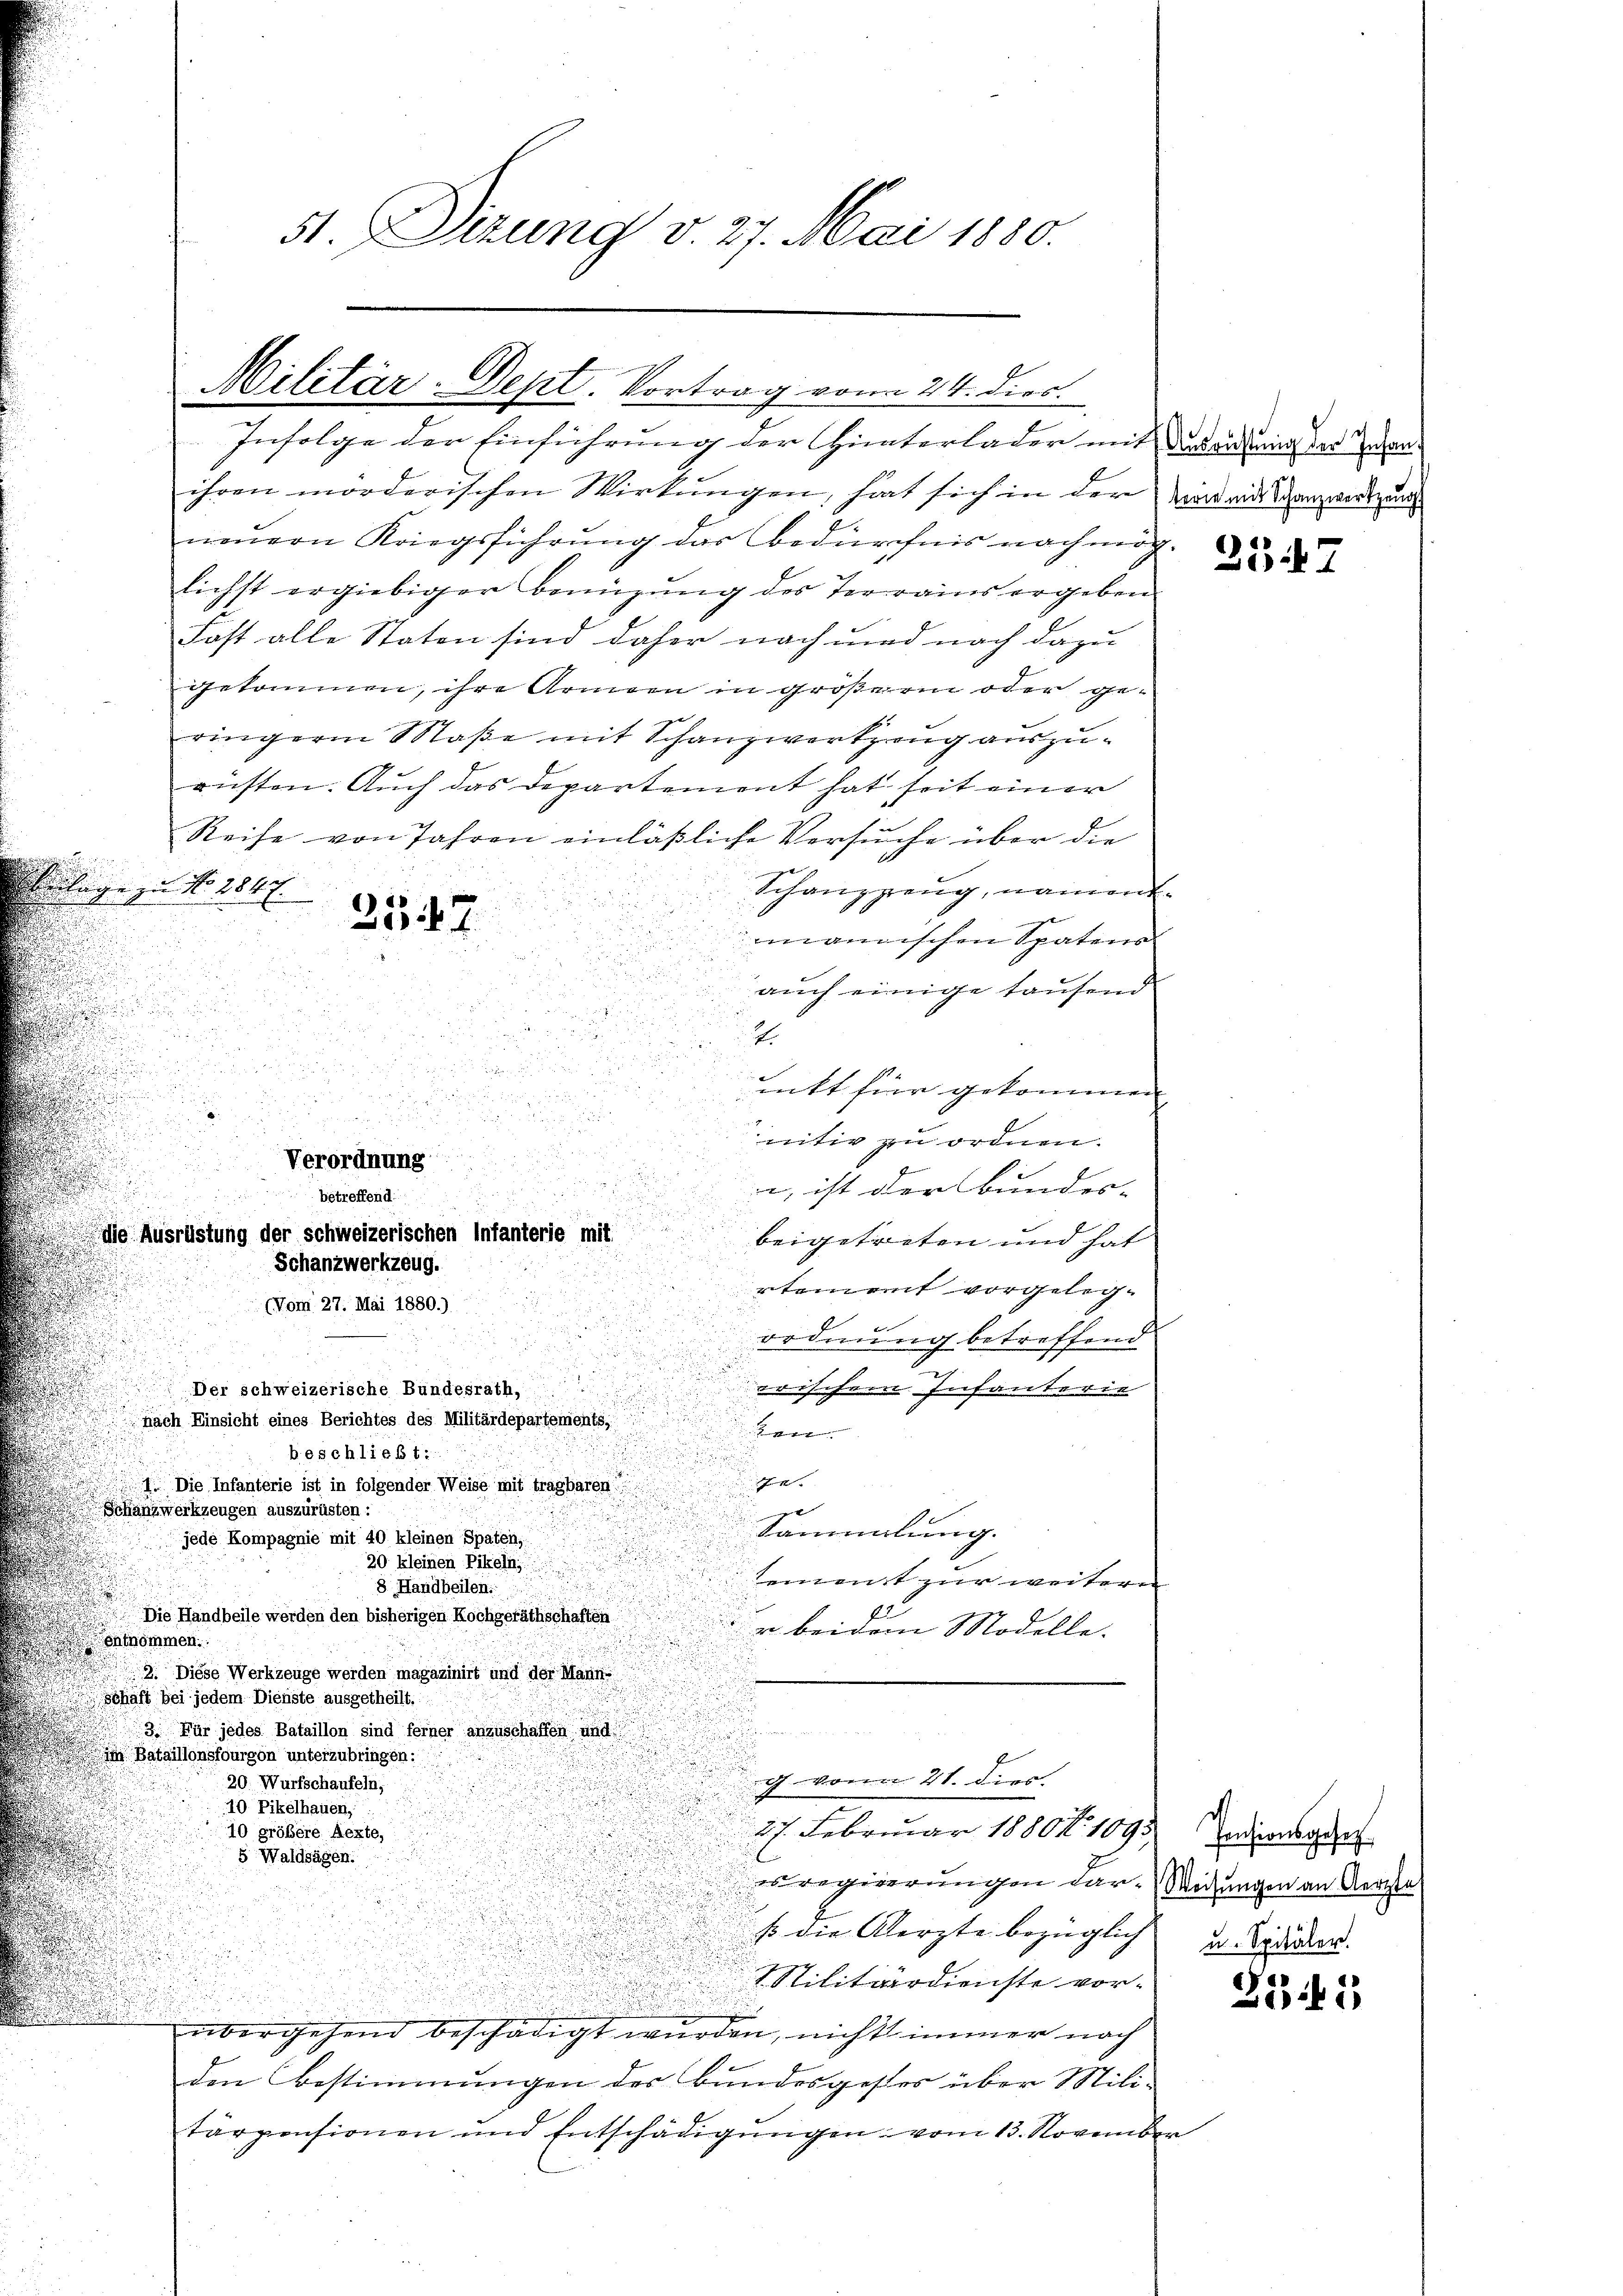
.
d

Infolge der Einführung der Hinterlader mit der an eine der anihren morderischen Wirkungen, hat sich in der Wird an Ganz worden
neŭern Kriegsführung das Bedürfnis nach mög-
lichst ergiebiger benüzung des Terrains ergeben
Fast alle Staten sind daher nach und nach dazu
gekommen, ihre Armen in größerm oder ge-
ringern Maße mit Schanzwerkzeug auszurüsten. Auch das Departement hat seit einer
Reihe von Jahren einläßliche Versuche über die
Vertrage zu No. 1847.
Schanzzeug, nament.

mmannischen Spatens
.

u

auch einige tausend
g

u

.
unkt für gekommen |

u

nitiv zu ordnen.
Verordnung
, ist der Bunder-
betreffend:
i
die Ausrüstung der schweizerischen Infanterie mit
beigetreten und hat
Schanzwerkzeug.
rtement vorgeleg¬
(Vom 27. Mai 1880.)
ordnung betreffend
Der schweizerische Bundesrath,
erischen Infanterie
Nach Einsicht eines Berichtes des Militärdepartements,
en
beschließt:

1. Die Infanterie ist in folgender Weise mit tragbaren!
Schanzwerkzeugen auszurüsten :
e
Sammlung.
jede Kompagnie mit 40 kleinen Spaten,
20 kleinen Pikeln,
ement zur weiteren
8 Handbeilen.
Die Handbeile werden den bisherigen Kochgeräthschaften
u beidem Modelle.
chtnommen.
2. Diese Werkzeuge werden magazinirt und der Manne
Schaft bei jedem Dienste ausgetheilt.
3. Für jedes Bataillon sind ferner anzuschaffen und
im Bataillonsfourgon unterzubringen:
J von 21. dies
20. Wurfschaufeln,
40 Pikelhauen,
27. Februar 1880. 1095
10 größere Aexte,
5 Waldsägen.
es regierungen dar. Weisungen an Aerzte
so die Aerzte bezüglich
Militärdienste vor-
üder gehend beschädigt wurden, nicht immer noch
den bestimmungen des Bundesgestes über Mili-
tärzensionen und Entschädigungen vom 13. November

st. Sizung v. 27. Mai 1880.

Militär-Dept. Vortrag vom 24. dies.

2547

d
a

d

257

Pensionsgesetz
u. Spitäler.

Zii